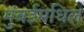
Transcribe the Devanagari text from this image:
मुंबईमधिल